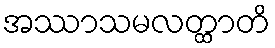
အဿာသမလတ္ထာတိ